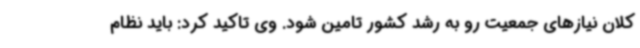
کلان نیازهای جمعیت رو به رشد کشور تامین شود. وی تاکید کرد: باید نظام